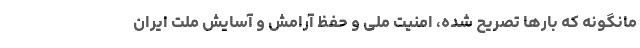
مانگونه که بارها تصریح شده، امنیت ملی و حفظ آرامش و آسایش ملت ایران